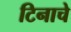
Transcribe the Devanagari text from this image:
टिनाचे